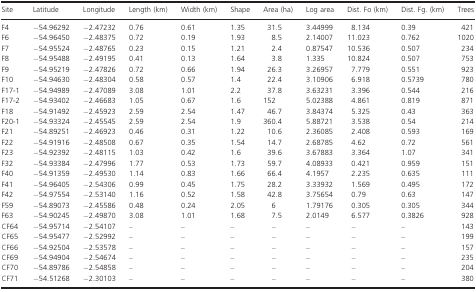
<table><thead><tr><td><b>Site</b></td><td><b>Latitude</b></td><td><b>Longitude</b></td><td><b>Length (km)</b></td><td><b>Width (km)</b></td><td><b>Shape</b></td><td><b>Area (ha)</b></td><td><b>Log area</b></td><td><b>Dist. Fo (km)</b></td><td><b>Dist. Fg. (km)</b></td><td><b>Trees</b></td></tr></thead><tbody><tr><td>F4</td><td>−54.96292</td><td>−2.47232</td><td>0.76</td><td>0.61</td><td>1.35</td><td>31.5</td><td>3.44999</td><td>8.134</td><td>0.39</td><td>421</td></tr><tr><td>F6</td><td>−54.96450</td><td>−2.48375</td><td>0.72</td><td>0.19</td><td>1.93</td><td>8.5</td><td>2.14007</td><td>11.023</td><td>0.762</td><td>1020</td></tr><tr><td>F7</td><td>−54.95524</td><td>−2.48765</td><td>0.23</td><td>0.15</td><td>1.21</td><td>2.4</td><td>0.87547</td><td>10.536</td><td>0.507</td><td>234</td></tr><tr><td>F8</td><td>−54.95488</td><td>−2.49195</td><td>0.41</td><td>0.13</td><td>1.64</td><td>3.8</td><td>1.335</td><td>10.824</td><td>0.507</td><td>753</td></tr><tr><td>F9</td><td>−54.95219</td><td>−2.47826</td><td>0.72</td><td>0.66</td><td>1.94</td><td>26.3</td><td>3.26957</td><td>7.779</td><td>0.551</td><td>923</td></tr><tr><td>F10</td><td>−54.94630</td><td>−2.48304</td><td>0.58</td><td>0.57</td><td>1.4</td><td>22.4</td><td>3.10906</td><td>6.918</td><td>0.5739</td><td>780</td></tr><tr><td>F17-1</td><td>−54.94989</td><td>−2.47089</td><td>3.08</td><td>1.01</td><td>2.2</td><td>37.8</td><td>3.63231</td><td>3.396</td><td>0.544</td><td>216</td></tr><tr><td>F17-2</td><td>−54.93402</td><td>−2.46683</td><td>1.05</td><td>0.67</td><td>1.6</td><td>152</td><td>5.02388</td><td>4.861</td><td>0.819</td><td>871</td></tr><tr><td>F18</td><td>−54.91492</td><td>−2.45923</td><td>2.59</td><td>2.54</td><td>1.47</td><td>46.7</td><td>3.84374</td><td>5.325</td><td>0.43</td><td>363</td></tr><tr><td>F20-1</td><td>−54.93324</td><td>−2.45545</td><td>2.59</td><td>2.54</td><td>1.9</td><td>360.4</td><td>5.88721</td><td>3.538</td><td>0.54</td><td>214</td></tr><tr><td>F21</td><td>−54.89251</td><td>−2.46923</td><td>0.46</td><td>0.31</td><td>1.22</td><td>10.6</td><td>2.36085</td><td>2.408</td><td>0.593</td><td>169</td></tr><tr><td>F22</td><td>−54.91916</td><td>−2.48508</td><td>0.67</td><td>0.35</td><td>1.54</td><td>14.7</td><td>2.68785</td><td>4.62</td><td>0.72</td><td>561</td></tr><tr><td>F23</td><td>−54.92392</td><td>−2.48115</td><td>1.03</td><td>0.42</td><td>1.6</td><td>39.6</td><td>3.67883</td><td>3.364</td><td>1.07</td><td>341</td></tr><tr><td>F32</td><td>−54.93384</td><td>−2.47996</td><td>1.77</td><td>0.53</td><td>1.73</td><td>59.7</td><td>4.08933</td><td>0.421</td><td>0.959</td><td>151</td></tr><tr><td>F40</td><td>−54.91359</td><td>−2.49530</td><td>1.14</td><td>0.83</td><td>1.66</td><td>66.4</td><td>4.1957</td><td>2.235</td><td>0.635</td><td>111</td></tr><tr><td>F41</td><td>−54.96405</td><td>−2.54306</td><td>0.99</td><td>0.45</td><td>1.75</td><td>28.2</td><td>3.33932</td><td>1.569</td><td>0.495</td><td>172</td></tr><tr><td>F42</td><td>−54.97554</td><td>−2.53140</td><td>1.16</td><td>0.52</td><td>1.58</td><td>42.8</td><td>3.75654</td><td>0.79</td><td>0.63</td><td>147</td></tr><tr><td>F59</td><td>−54.89073</td><td>−2.45586</td><td>0.48</td><td>0.24</td><td>2.05</td><td>6</td><td>1.79176</td><td>0.305</td><td>0.305</td><td>344</td></tr><tr><td>F63</td><td>−54.90245</td><td>−2.49870</td><td>3.08</td><td>1.01</td><td>1.68</td><td>7.5</td><td>2.0149</td><td>6.577</td><td>0.3826</td><td>928</td></tr><tr><td>CF64</td><td>−54.95714</td><td>−2.54107</td><td>–</td><td>–</td><td>–</td><td>–</td><td>–</td><td>–</td><td>–</td><td>143</td></tr><tr><td>CF65</td><td>−54.95477</td><td>−2.52992</td><td>–</td><td>–</td><td>–</td><td>–</td><td>–</td><td>–</td><td>–</td><td>199</td></tr><tr><td>CF66</td><td>−54.92504</td><td>−2.53578</td><td>–</td><td>–</td><td>–</td><td>–</td><td>–</td><td>–</td><td>–</td><td>157</td></tr><tr><td>CF69</td><td>−54.94904</td><td>−2.54674</td><td>–</td><td>–</td><td>–</td><td>–</td><td>–</td><td>–</td><td>–</td><td>235</td></tr><tr><td>CF70</td><td>−54.89786</td><td>−2.54858</td><td>–</td><td>–</td><td>–</td><td>–</td><td>–</td><td>–</td><td>–</td><td>204</td></tr><tr><td>CF71</td><td>−54.51268</td><td>−2.30103</td><td>–</td><td>–</td><td>–</td><td>–</td><td>–</td><td>–</td><td>–</td><td>380</td></tr></tbody></table>